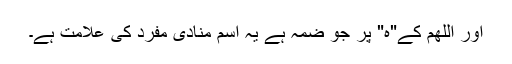
اور اللھم کے"ہ" پر جو ضمہ ہے یہ اسم منادی مفرد کی علامت ہے۔